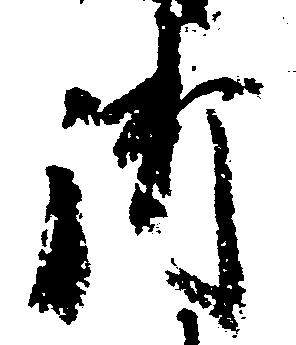
御